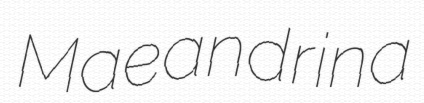
Maeandrina